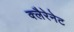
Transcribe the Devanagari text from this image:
क्लैरेनेट